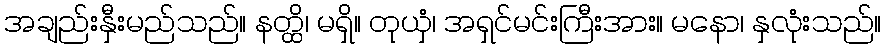
အချည်းနှီးမည်သည်။ နတ္ထိ၊ မရှိ။ တုယှံ၊ အရှင်မင်းကြီးအား။ မနော၊ နှလုံးသည်။